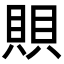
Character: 賏